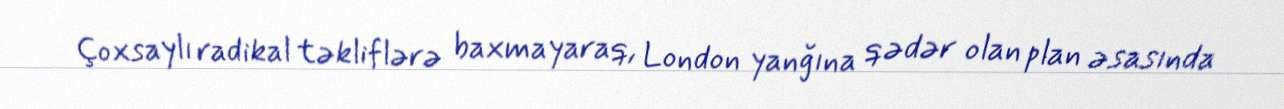
Çoxsaylı radikal təkliflərə baxmayaraq, London yanğına qədər olan plan əsasında